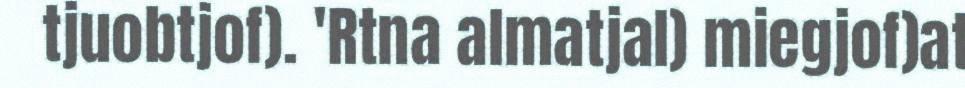
tjuobtjof). 'Rtna almatjal) miegjof)at